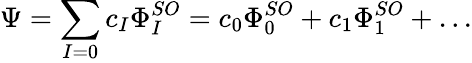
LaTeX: \Psi=\sum_{I=0}c_{I}\Phi_{I}^{SO}=c_{0}\Phi_{0}^{SO}+c_{1}\Phi_{1}^{SO}+{...}